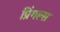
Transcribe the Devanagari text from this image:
प्रिंगल्स